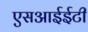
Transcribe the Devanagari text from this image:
एसआईईटी